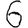
Digit: 6